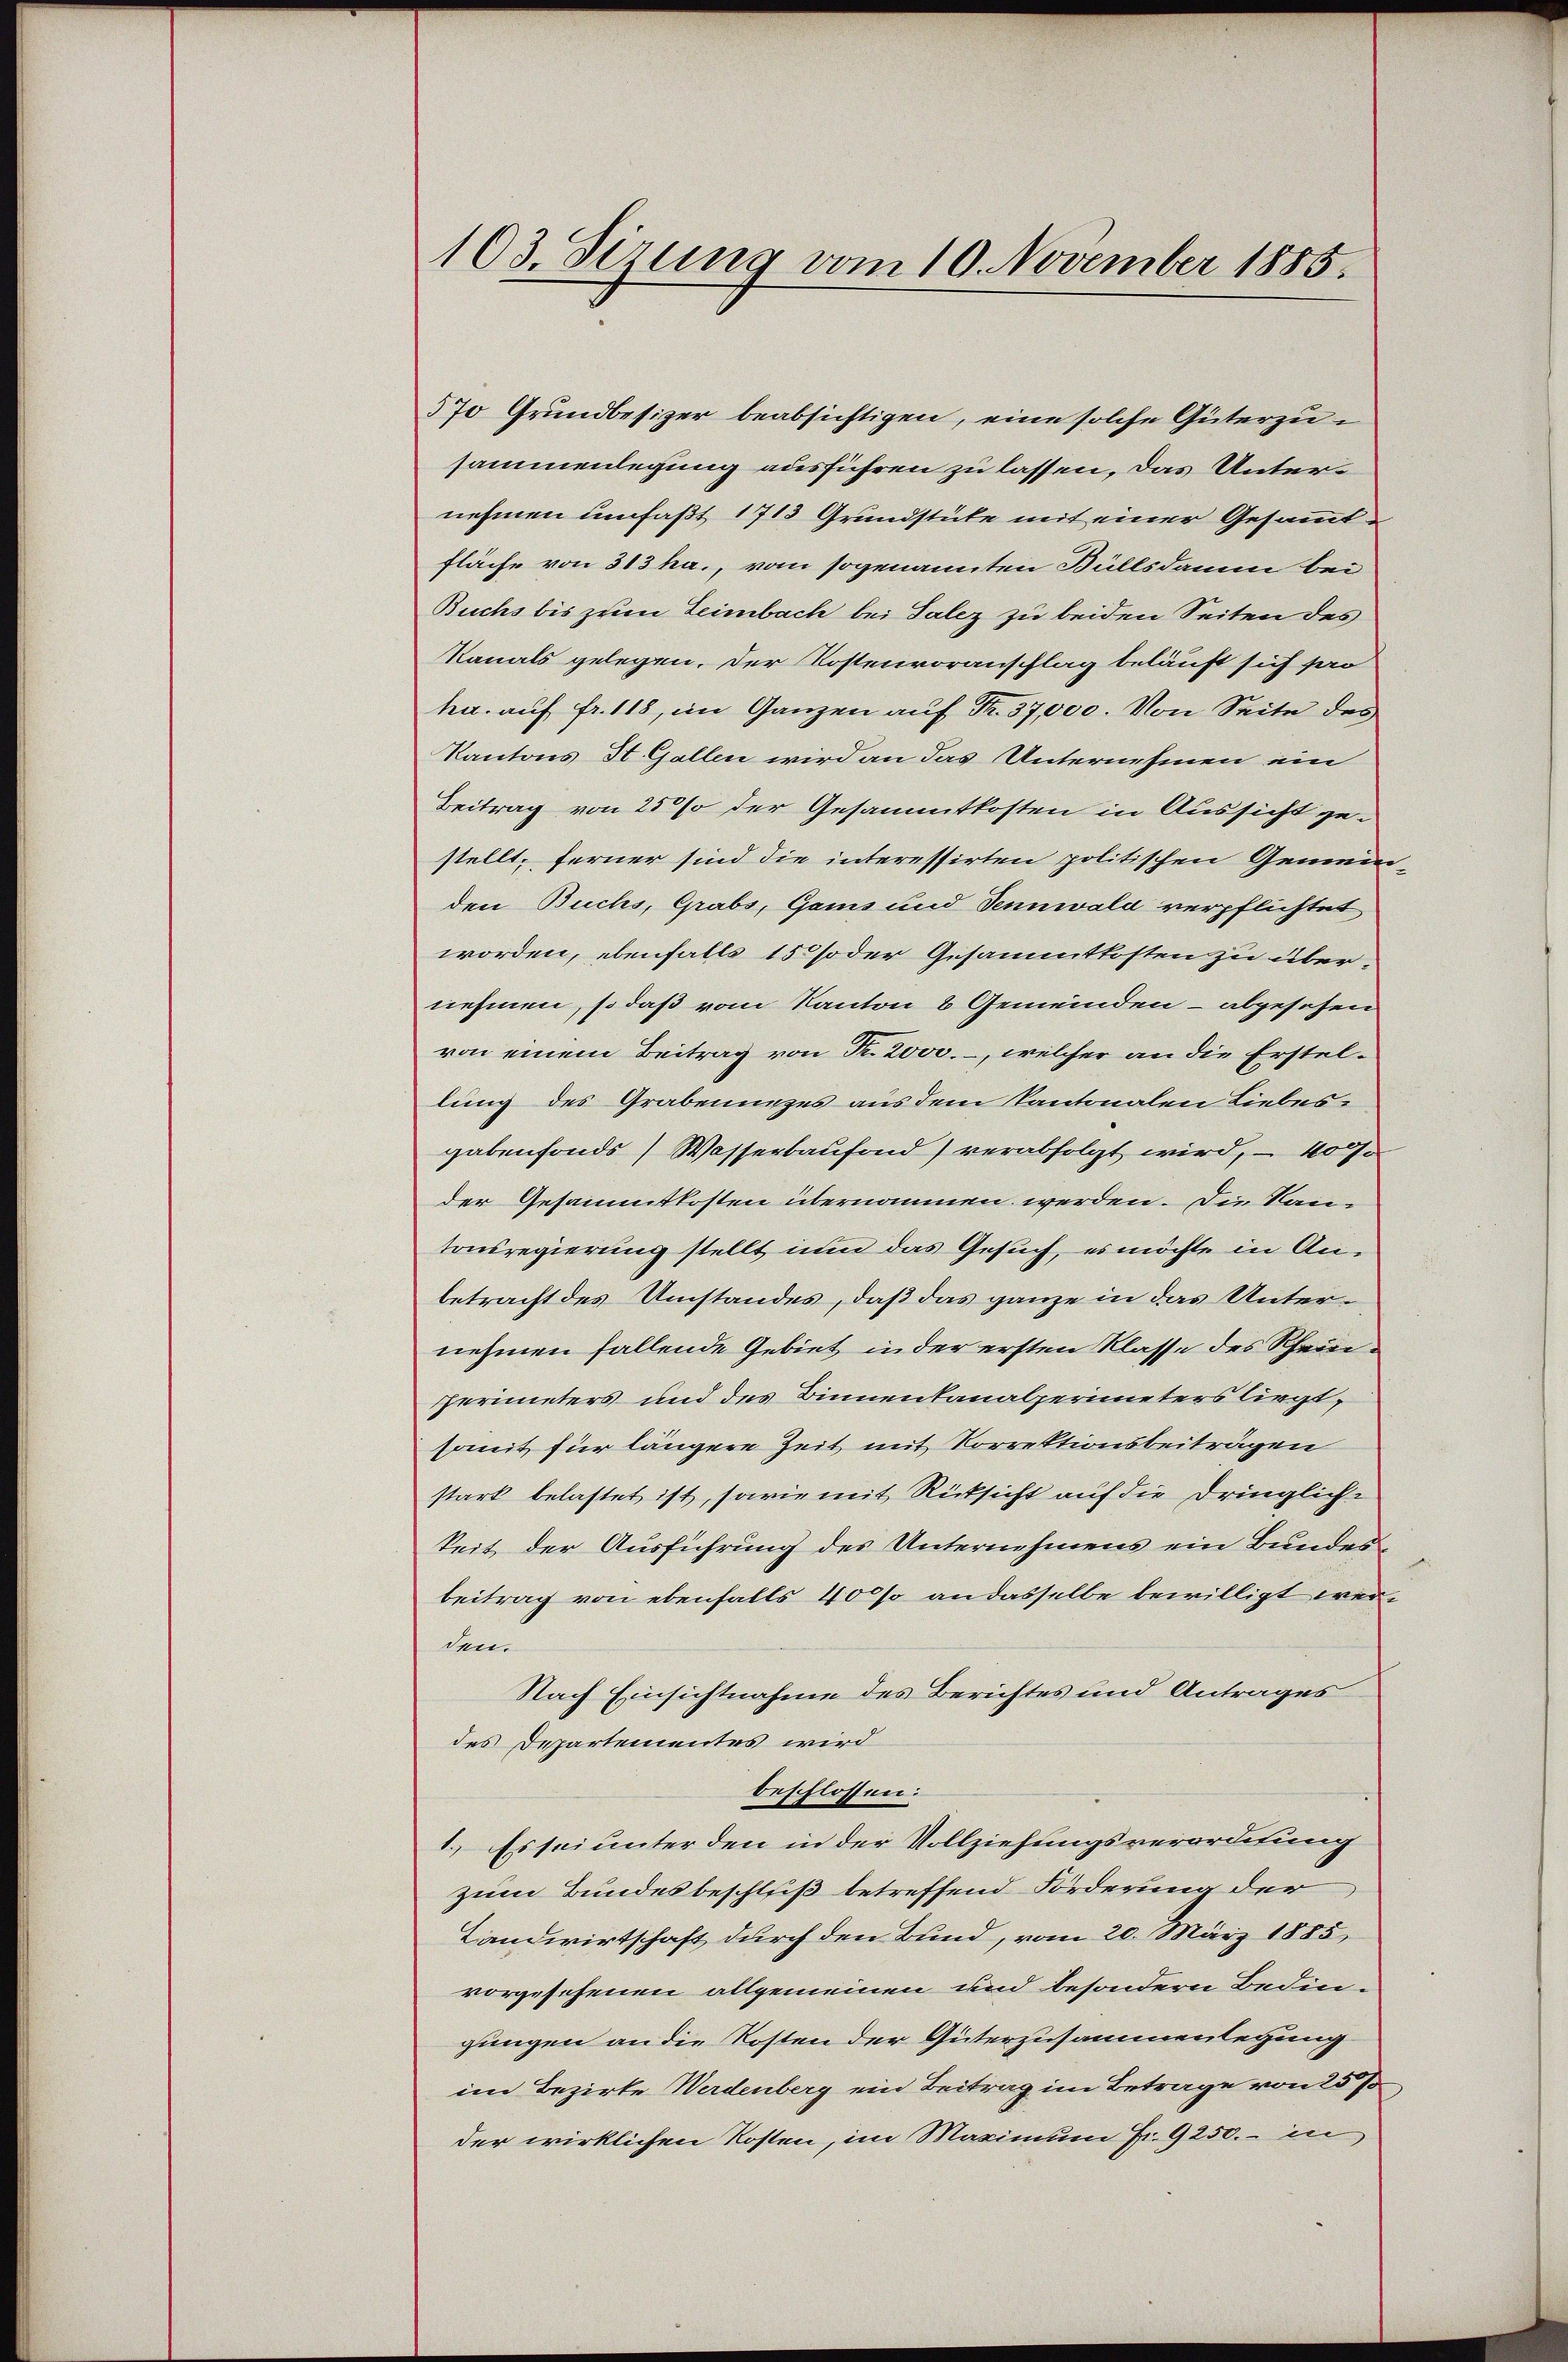
103. Sizung vom 10. November 1885.

370 Grundbesizer beabsichtigen, eine solche Güterzusammenlegung ausführen zu lassen, das Unternehmen umfaßt 1713 Grundstüke mit einer Gesammt¬
Fläche von 313 ha., vom sogenannten Büllsdann bei
Buchs bis zum Leimbach bei Salez zu beiden Seiten des
Kanals gelegen. Der Kostenvoranschlag beläuft sich pro
ha. auf fr. 118, im Ganzen auf Fr. 37,000. Von Seite des
Kantons St. Gallen wird an das Unternehmen ein
Beitrag von 250% der Gesammtkosten in Aussicht gestellt, ferner sind die interessirten politischen Gemeinden Buchs, Grabs, Gams und Sennwald verpflichtet
worden, ebenfalls 15 so der Gesammtkosten zu übernehmen, so daß vom Kanton 8 Gemeinden – abgesehen
von einem Beitrag von Fr. 2000.-, welcher an die Erstellung des Grabenunzes aus dem Kantonalen Liebesgabenfonds ) Wasserbaufond) verabfolgt wird, — 400
der Gesammtkosten übernommen werden. Die Kantonsregierung stellt nun das Gesuch, es möchte in Anbetracht des Umstandes, daß das ganze in das Unternehmen fallende Gebiet in der ersten Klasse des Scheideperimeters und des Binnentanalperimeters liegt,
somit für längere Zeit mit Korrektionsbeiträgen
stark belastet ist, sowie mit Rücksicht auf die dringlich-
keit der Ausführung des Unternehmens ein Bundesbeitrag von ebenfalls 40 so an dasselbe bewilligt werdem
Nach Einsichtnahme des Berichtes und Antrages
des Departementes wird
beschlossen:
1.) Es sei unter den in der Vollziehungsverordnung
zum Bundesbeschluß betreffend Förderung der
Landwirtschaft durch den Bund, vom 20. März 1885,
vorzusehenen allgemeinen und besondern Bedingungen an die Kosten der Güterzusammenlegung
im Bezirke Werdenberg ein Beitrag im Betrage von 257
der wirklichen Kosten, im Maximum Fr. 9250.- in